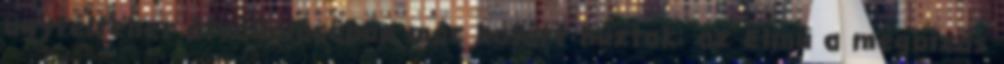
ügyfélteher átvállalásában már határt húztak: az Elmű a megbízás